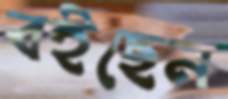
বইছেন